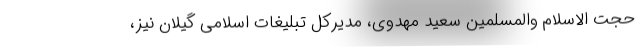
حجت الاسلام والمسلمین سعید مهدوی، مدیرکل تبلیغات اسلامی گیلان نیز،